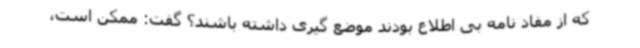
که از مفاد نامه بی اطلاع بودند موضع گیری داشته باشند؟ گفت: ممکن است،